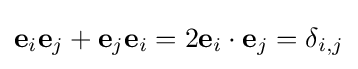
\mathbf {e} _{i}\mathbf {e} _{j}+\mathbf {e} _{j}\mathbf {e} _{i}=2\mathbf {e} _{i}\cdot \mathbf {e} _{j}=\delta _{i,j}